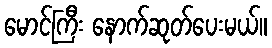
မောင်ကြီး နောက်ဆုတ်ပေးမယ်။